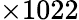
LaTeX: \times 1022